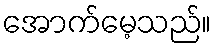
အောက်မေ့သည်။